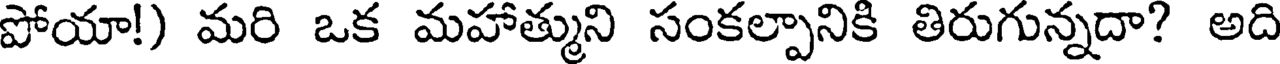
పోయా!) మరి ఒక మహాత్ముని సంకల్పానికి తిరుగున్నదా? అది